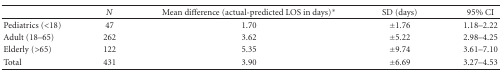
|  | N | Mean difference (actual-predicted LOS in days)* | SD (days) | 95% CI |
 | --- | --- | --- | --- | --- |
 | Pediatrics (<18) | 47 | 1.70 | ±1.76 | 1.18–2.22 |
 | Adult (18–65) | 262 | 3.62 | ±5.22 | 2.98–4.25 |
 | Elderly (>65) | 122 | 5.35 | ±9.74 | 3.61–7.10 |
 | Total | 431 | 3.90 | ±6.69 | 3.27–4.53 |